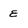
Character: e